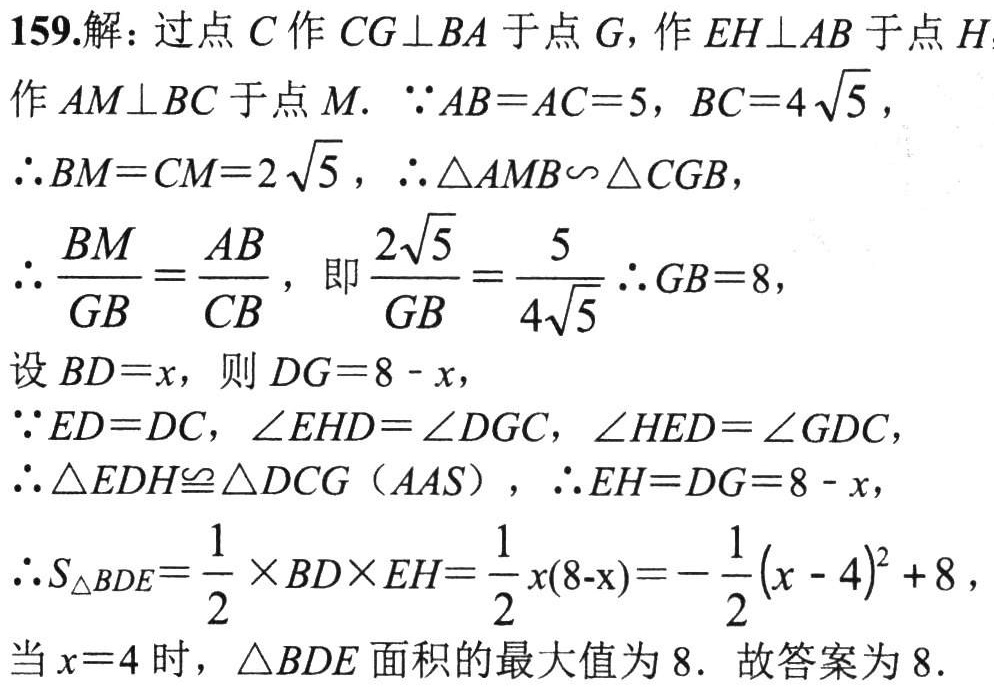
159.解：过点\(C\)作\(CG\perp BA\)于点\(G\)，作\(EH\perp AB\)于点\(H\)
作\(AM\perp BC\)于点\(M\). \(\because AB = AC = 5\)，\(BC = 4\sqrt{5}\)，
\(\therefore BM = CM = 2\sqrt{5}\)，\(\therefore \triangle AMB\sim\triangle CGB\)，
\(\therefore \dfrac{BM}{GB}=\dfrac{AB}{CB}\)，即\(\dfrac{2\sqrt{5}}{GB}=\dfrac{5}{4\sqrt{5}}\therefore GB = 8\)，
设\(BD = x\)，则\(DG = 8 - x\)，
\(\because ED = DC\)，\(\angle EHD=\angle DGC\)，\(\angle HED=\angle GDC\)，
\(\therefore \triangle EDH\cong\triangle DCG\)（\(AAS\)），\(\therefore EH = DG = 8 - x\)，
\(\therefore S_{\triangle BDE}=\dfrac{1}{2}\times BD\times EH=\dfrac{1}{2}x(8 - x)=-\dfrac{1}{2}(x - 4)^{2}+8\)，
当\(x = 4\)时，\(\triangle BDE\)面积的最大值为\(8\). 故答案为\(8\).